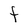
Character: F